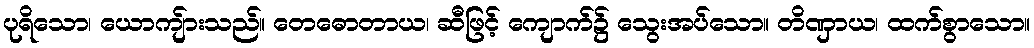
ပုရိသော၊ ယောကျ်ားသည်။ တေဓောတာယ၊ ဆီဖြင့် ကျောက်၌ သွေးအပ်သော။ တိဏှာယ၊ ထက်စွာသော။